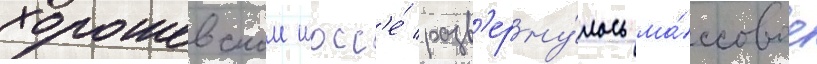
хорошевском шосс'е́ разв'ерну́лось ма́ссовое